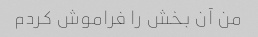
من آن بخش را فراموش کردم